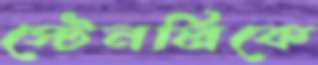
স্টেনলিকে